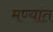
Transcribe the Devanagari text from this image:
मण्यांत